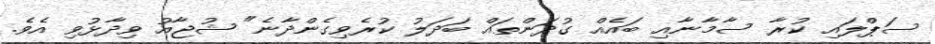
ސަޕްލައި ކުރާ ސާމާނާއި ބައެއް ގުދަންތައް ބަދަލު ކުރެވިގެންދާނެ" ޝުޖާއު ވިދާޅުވި އެވެ.